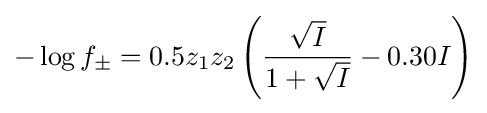
-\log f_{\pm }=0.5z_{1}z_{2}\left({\frac {\sqrt {I}}{1+{\sqrt {I}}}}-0.30I\right)